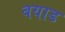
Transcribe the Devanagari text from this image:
बयाड